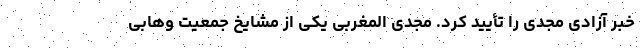
خبر آزادی مجدی را تأیید کرد. مجدی المغربی یکی از مشایخ جمعیت وهابی